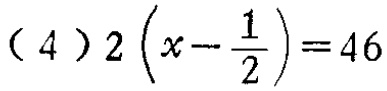
\((4)2\left(x - \frac{1}{2}\right)=46\)